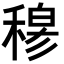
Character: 𥠇